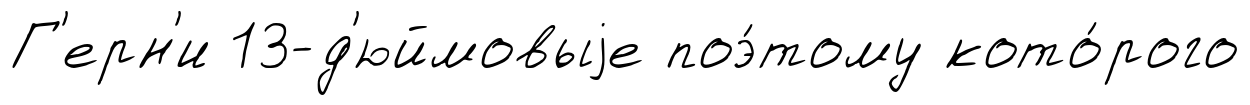
Г'ерн'и 13-д'юймовыjе поэ́тому кото́рого